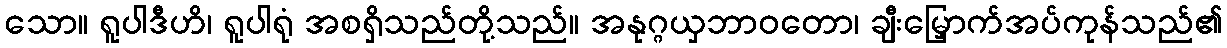
သော။ ရူပါဒီဟိ၊ ရူပါရုံ အစရှိသည်တို့သည်။ အနုဂ္ဂယှဘာဝတော၊ ချီးမြှောက်အပ်ကုန်သည်၏